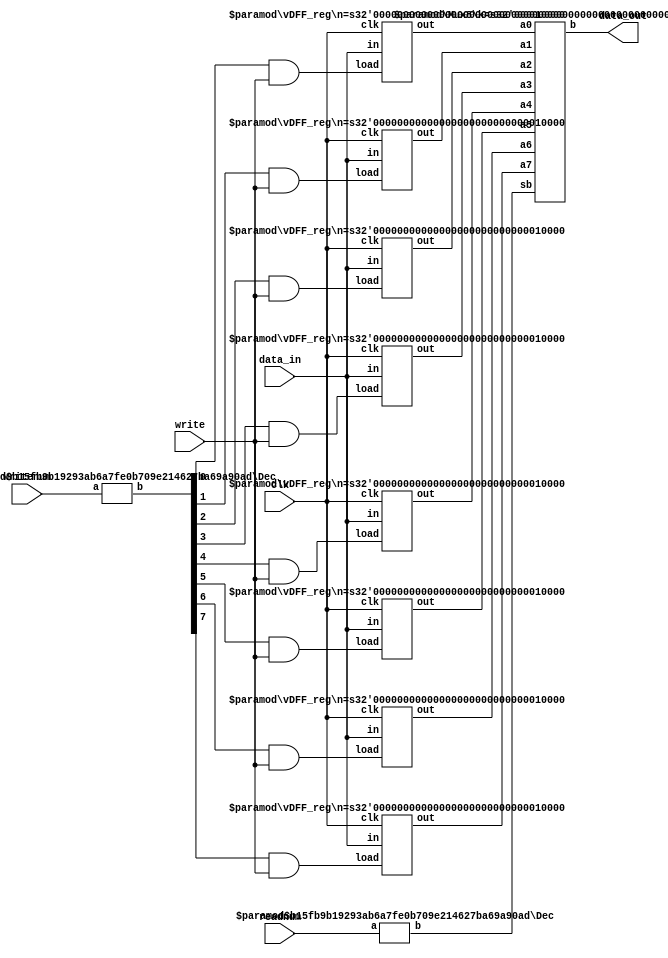
module regfile(data_in,writenum,write,readnum,clk,data_out);
  input [15:0] data_in;
  input [2:0] writenum, readnum;
  input write, clk;
  output [15:0] data_out;
  // fill out the rest

  `define SW 16

  wire [7:0] in;
  wire [7:0] andin;
  wire [15:0] R0, R1, R2, R3, R4, R5, R6, R7;
  wire [15:0] out;

  Dec #(3,8) U1(writenum, andin);

  // Register with Load Enable Circuit
  vDFF_reg #(`SW) Reg0(clk,(andin[0] & write),data_in,R0);
  vDFF_reg #(`SW) Reg1(clk,(andin[1] & write),data_in,R1);
  vDFF_reg #(`SW) Reg2(clk,(andin[2] & write),data_in,R2);
  vDFF_reg #(`SW) Reg3(clk,(andin[3] & write),data_in,R3);
  vDFF_reg #(`SW) Reg4(clk,(andin[4] & write),data_in,R4);
  vDFF_reg #(`SW) Reg5(clk,(andin[5] & write),data_in,R5);
  vDFF_reg #(`SW) Reg6(clk,(andin[6] & write),data_in,R6);
  vDFF_reg #(`SW) Reg7(clk,(andin[7] & write),data_in,R7);

  Dec #(3,8) U2(readnum,in); 

  Mux8 #(`SW) m(R7, R6, R5, R4, R3, R2, R1, R0, in, data_out) ;
endmodule

// 3:8 Decoder
// a - binary input   (n bits wide)
// b - one hot output (m bits wide)

module Dec(a, b);
  parameter n=2;
  parameter m=4;

  input  [n-1:0] a;
  output [m-1:0] b;

  wire [m-1:0] b = 1 << a; //shift 1 to the left by 'a' bit positons
endmodule

//D-Flip Flop Register
module vDFF_reg(clk, load, in, out);
  parameter n = 1;  // width
  input clk, load;
  input [n-1:0] in;
  output [n-1:0] out;
  reg [n-1:0] out;
  wire [n-1:0] next_out;

  assign next_out = (load ? in : out);

  always @(posedge clk)
    out = next_out;
endmodule 


//8:1 multiplexer with one-hot select
module Mux8(a7, a6, a5, a4, a3, a2, a1, a0, sb, b) ;
  parameter k = 1;
  input [k-1:0] a0, a1, a2, a3, a4, a5, a6, a7;  // inputs
  input [7:0]   sb;          // one-hot select
  output[k-1:0] b;
  wire[k-1:0] b;
  assign b = ({k{sb[0]}} & a0) | 
                          ({k{sb[1]}} & a1) |
                          ({k{sb[2]}} & a2) |
                          ({k{sb[3]}} & a3) |
			  ({k{sb[4]}} & a4) | 
                          ({k{sb[5]}} & a5) |
                          ({k{sb[6]}} & a6) |
                          ({k{sb[7]}} & a7) ;  
endmodule